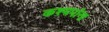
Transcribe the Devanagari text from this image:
कश्यपांना